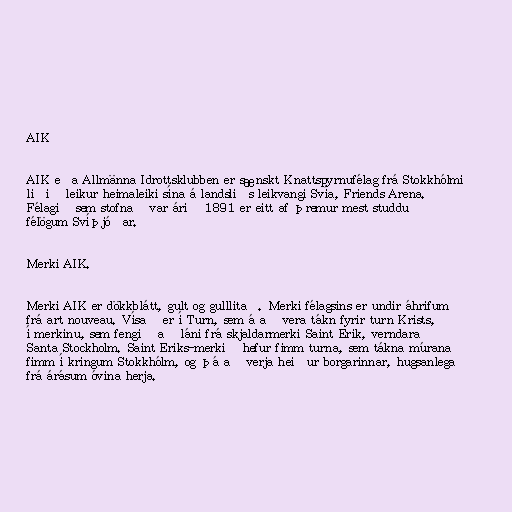
AIK

AIK eða Allmänna Idrottsklubben er sænskt Knattspyrnufélag frá Stokkhólmi
liðið leikur heimaleiki sína á landsliðs leikvangi Svía, Friends Arena.
Félagið sem stofnað var árið 1891 er eitt af þremur mest studdu
félögum Svíþjóðar.

Merki AIK.

Merki AIK er dökkblátt, gult og gulllitað. Merki félagsins er undir áhrifum
frá art nouveau. Vísað er í Turn, sem á að vera tákn fyrir turn Krists,
í merkinu, sem fengið að láni frá skjaldarmerki Saint Erik, verndara
Santa Stockholm. Saint Eriks-merkið hefur fimm turna, sem tákna múrana
fimm í kringum Stokkhólm, og þá að verja heiður borgarinnar, hugsanlega
frá árásum óvina herja.